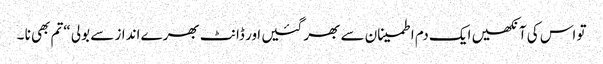
تو اس کی آنکھیں ایک دم اطمینان سے بھر گئیں ا ور ڈانٹ بھرے انداز سے بولی “تم بھی نا ۔